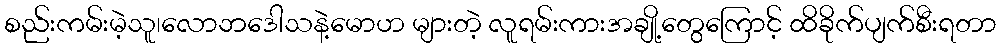
စည်းကမ်းမဲ့သူ၊လောဘဒေါသနဲ့မောဟ များတဲ့ လူရမ်းကားအချို့တွေကြောင့် ထိခိုက်ပျက်စီးရတာ